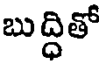
బుద్ధితో